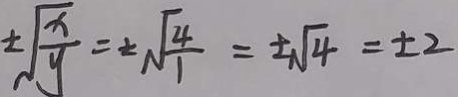
\pm \sqrt { \frac { x } { y } } = \pm \sqrt { \frac { 4 } { 1 } } = \pm \sqrt { 4 } = \pm 2